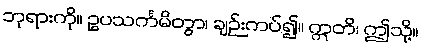
ဘုရားကို။ ဥပသင်္ကမိတွာ၊ ချဉ်းကပ်၍။ ဣတိ၊ ဤသို့။